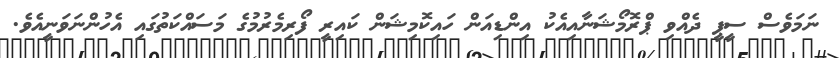
ނަމަވެސް ސީޕީ ދެއްވި ޕްރޮމޯޝަނާއިއެކު އިންޑިއަން ހައިކޮމިޝަން ކައިރީ ފޯރިމެރުމުގެ މަސައްކަތުގައި އެހުންނަވަނީއެވެ.